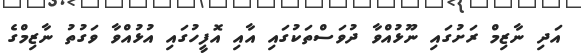
އަދި ނާޒިމް ރަށުގައި ނޫޅުއްވާ ދުވަސްތަކުގައި އާއި އޮފީހުގައި އުޅުއްވާ ވަގުތު ނާޒިމްގެ